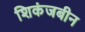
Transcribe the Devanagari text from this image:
शिकंजबीन